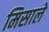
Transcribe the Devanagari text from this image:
मिसाले